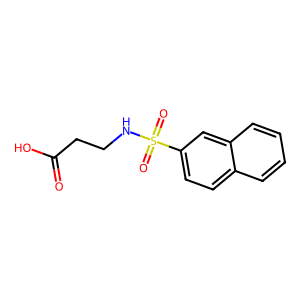
SMILES: O=C(O)CCNS(=O)(=O)c1ccc2ccccc2c1
Inhibits HIV replication: No